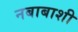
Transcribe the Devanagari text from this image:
नबाबाशी